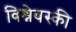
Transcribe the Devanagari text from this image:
विश्नेवस्की